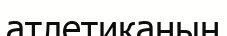
атлетиканың